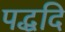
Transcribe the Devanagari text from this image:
पद्धदि